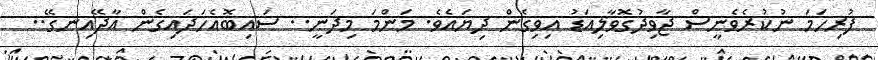
ފުރިހަމަ ނުކުރެވެނީސް ޖާވިދުގޮވާލިއަޑު އިވިގެން ދިޔައެވެ. މަންމަ މިދަނީ.. ސައިބޮއެހަދައިގެން އާދޭއިނގޭ..